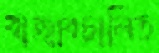
বাজারচালিত